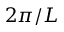
2 \pi / L